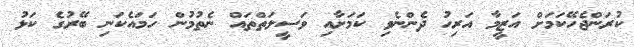
ކުރަންޖެހޭކަމަށް އަޒީމާ އަރިހު ދެންނެވި ކަމަށާއި ވަސީލަތްތައް ނެތުމުން ހަމައެކަނި ބޭރުގެ ކަޅު